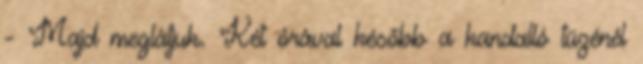
- Majd meglátjuk. Két órával később a kandalló tüzénél